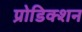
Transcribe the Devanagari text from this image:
प्रोडिक्शन